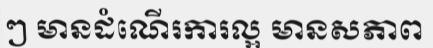
ៗ មានដំណើរការល្អ មានសភាព